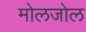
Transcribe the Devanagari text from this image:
मोलजोल